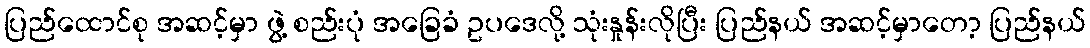
ပြည်ထောင်စု အဆင့်မှာ ဖွဲ့ စည်းပုံ အခြေခံ ဥပဒေလို့ သုံးနှုန်းလိုပြီး ပြည်နယ် အဆင့်မှာတော့ ပြည်နယ်